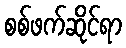
စစ်ဖက်ဆိုင်ရာ